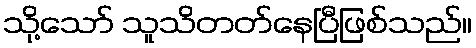
သို့သော် သူသိတတ်နေပြီဖြစ်သည်။